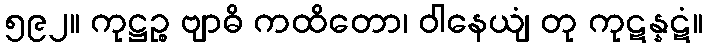
၅၉၂။ ကုဋ္ဌဉ္စ ဗျာဓိ ကထိတော၊ ဝါနေယျံ တု ကုဋန္နဋံ။